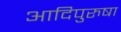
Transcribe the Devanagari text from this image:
आदिपुरुषा